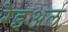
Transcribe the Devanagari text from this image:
रेइअल